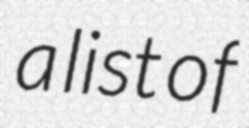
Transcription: a list of